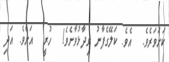
ކަށަވަރެވެ.  އެވެ. ކަލޭގެފާނު ވިދާޅުވާށެވެ!  ހުރީ  އަށެވެ. އަދި